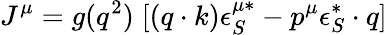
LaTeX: J^{\mu}=g(q^{2})\; [(q\cdot k)\epsilon_{S}^{\mu*}-p^{\mu}\epsilon_{S}^{*}\cdot q]